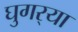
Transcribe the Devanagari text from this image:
घुगर्‍या